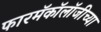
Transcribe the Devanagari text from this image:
फारमॅकॉलॉजीच्या